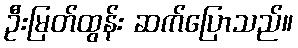
ဦးမြတ်ထွန်း ဆက်ပြောသည်။